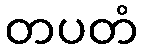
တပတံ